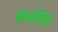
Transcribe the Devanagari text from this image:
सम्मजित